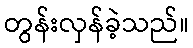
တွန်းလှန်ခဲ့သည်။